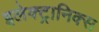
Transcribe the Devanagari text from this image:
इलेक्ट्रानिक्स